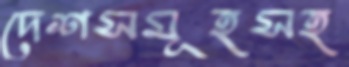
দেশসমূহসহ